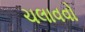
ચલાવવો